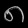
Digit: ၈